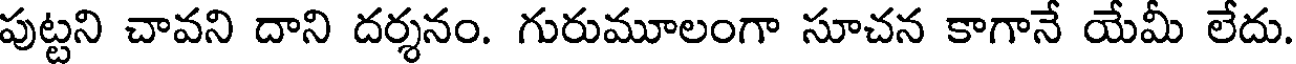
పుట్టని చావని దాని దర్శనం. గురుమూలంగా సూచన కాగానే యేమీ లేదు.